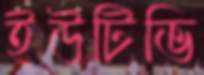
ইউটিভি